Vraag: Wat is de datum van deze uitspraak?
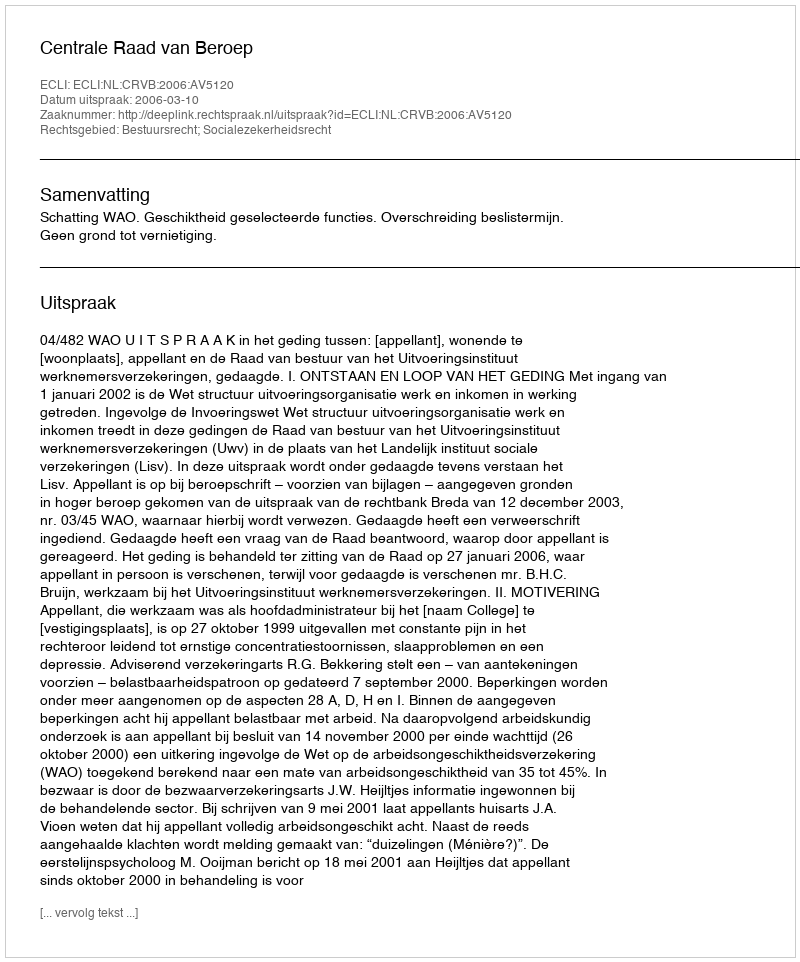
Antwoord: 2006-03-10